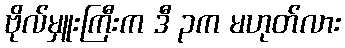
ဗိုလ်မှူးကြီးက ဒီ ၃က မဟုတ်လား